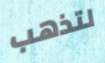
لتذهب